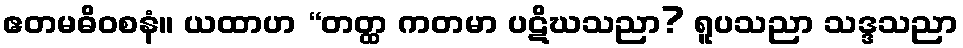
ဧတမဓိဝစနံ။ ယထာဟ “တတ္ထ ကတမာ ပဋိဃသညာ? ရူပသညာ သဒ္ဒသညာ